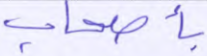
بأصحاب